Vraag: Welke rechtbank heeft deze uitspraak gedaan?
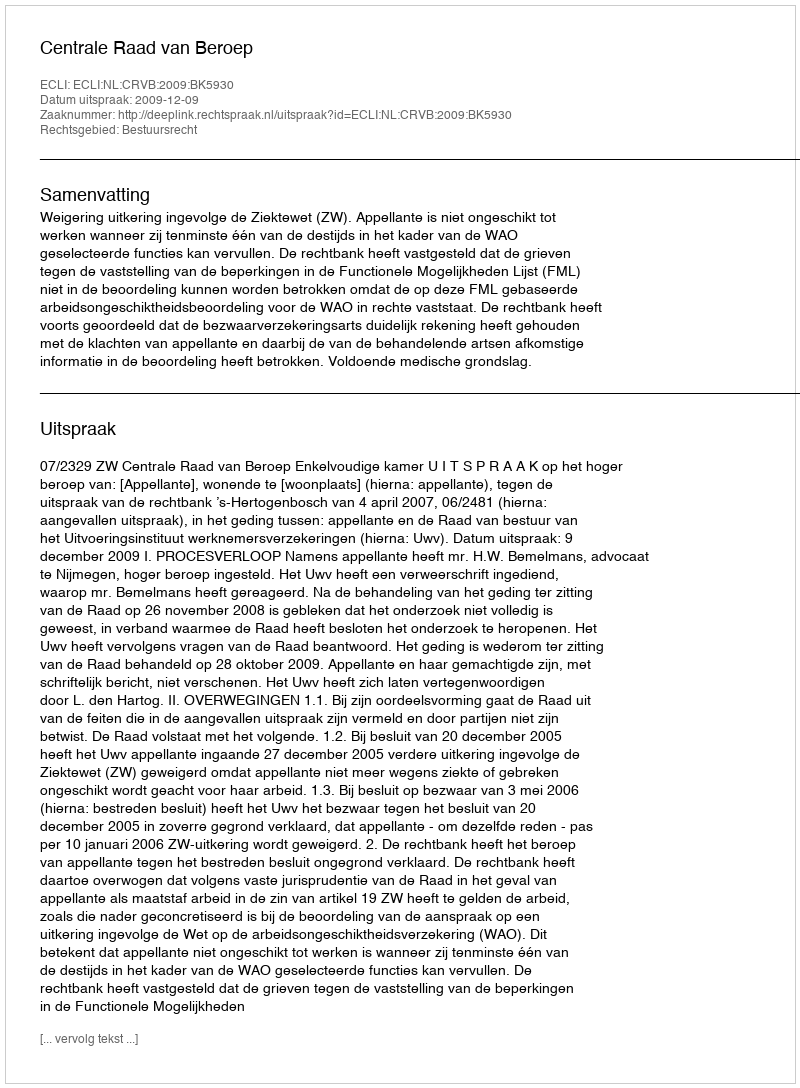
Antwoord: Centrale Raad van Beroep